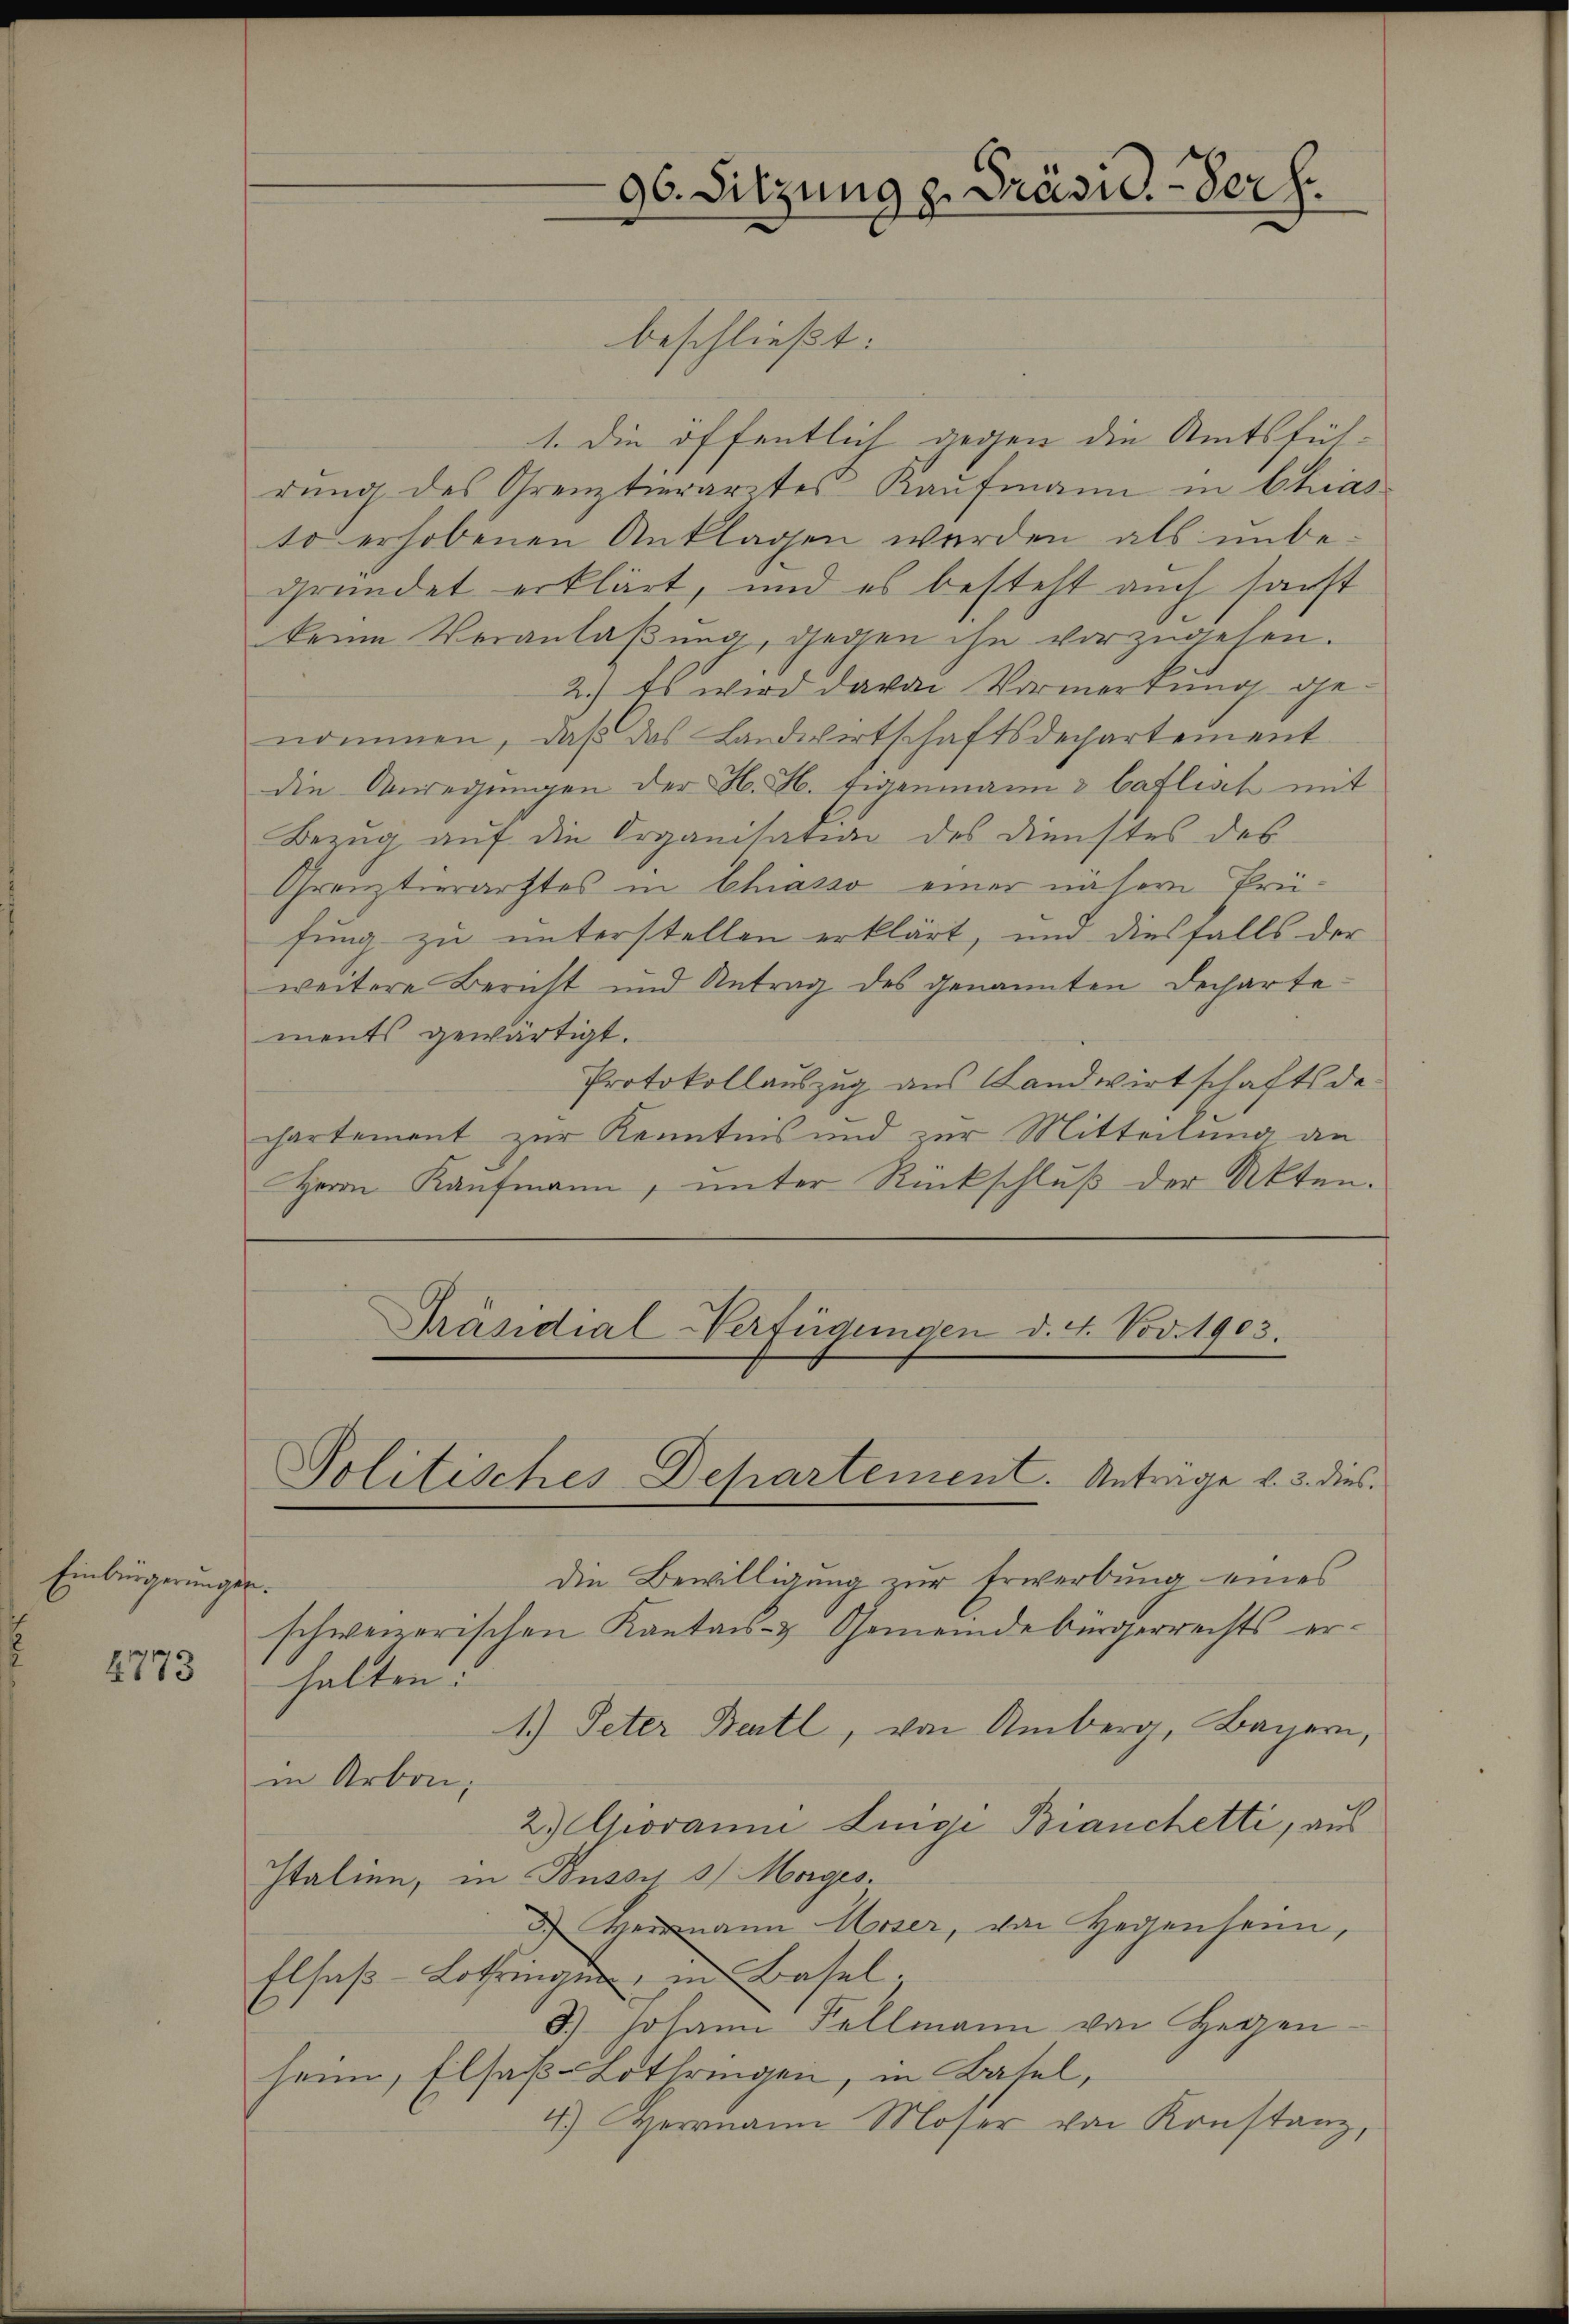
Einbürgerungen.

4773

beschließt:
1. Die öffentlich gegen die Amtsfüh-
dung des Grenztierarztes Kaufmann in Chias
to erhobenen Anklagen werden als unbegründet erklärt, und es besteht auch sanst
keine Veranlaßung, gegen ihn vorzugehen.
2.) Es wird davon Vormerkung genommen, daß das Landwirtschaftsdechartement
die Anregungen der H. H. Eigenmann & baflist mit
Bezug auf die Organisation des Dienstes des
Grenztrachtes in Chiasso einer nähern Prüfung zu unterstellen erklärt, und diesfalls der
weitere Bericht und Antrag des genannten Dechartements gewärtigt.
Protokollauszug aus Landwirtschaft de
chartement zur Kenntnis und zur Mitteilung an
Herrn Kaufmann, unter Rückschluß der Akten.

Präsidial-Verfügungen d. 4. Nov. 1903.
Politisches Departement. Antrage v. 3. dies

96. Sitzung z. Präsid. Verf.

die Bewilligung zur Erwerbung eines
schweizerischen Kantons- & Gemeindebürgerrechts erhalten:
1.) Peter Bertl, von Amberg, Bayern,
in Arbon,
2) Giovanne Lingi Bianchetti, aus
Italien, in Bussy 3 Morges.
Heimann Asser, von Gegenheim,
Elsaß-Lothringen in Basel.
3.) Johann Fellmann von Herzen
heim, Elsaß-Lothringen, in Basel,
4.) Herrnann Moser von Konstanz,